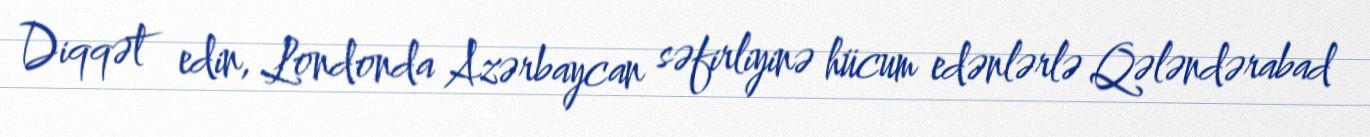
Diqqət edin, Londonda Azərbaycan səfirliyinə hücum edənlərlə Qələndərabad